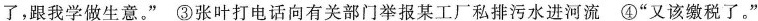
了，跟我学做生意。”③张叶打电话向有关部门举报某工厂私排污水进河流④”又该缴税了。”